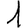
Digit: 1